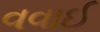
વવાઈ